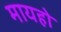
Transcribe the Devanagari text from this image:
मायहो